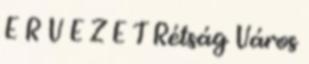
E R V E Z E T Rétság Város